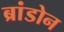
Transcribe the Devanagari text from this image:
ब्रांडोन